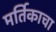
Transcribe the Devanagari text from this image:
मर्तिकाचा